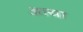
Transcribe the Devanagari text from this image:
अाया